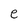
Character: e